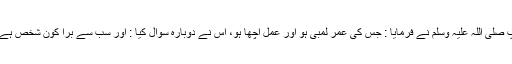
آپ صلی اللہ علیہ وسلم نے فرمایا : جس کی عمر لمبی ہو اور عمل اچھا ہو، اس نے دوبارہ سوال کیا : اور سب سے برا کون شخص ہے ؟